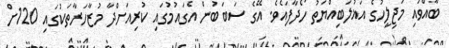
ބާއްވައި މަޖިލީހުގެ އަޣުލަބިއްޔަތު ހޯދާފައެވެ. އޭގެ ސަބަބުން އެގައުމުގައި ކުރިއަށްދާ މުޒާހަރާތަކުގައި 120ށް